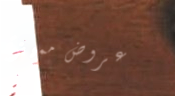
عروض مميزة